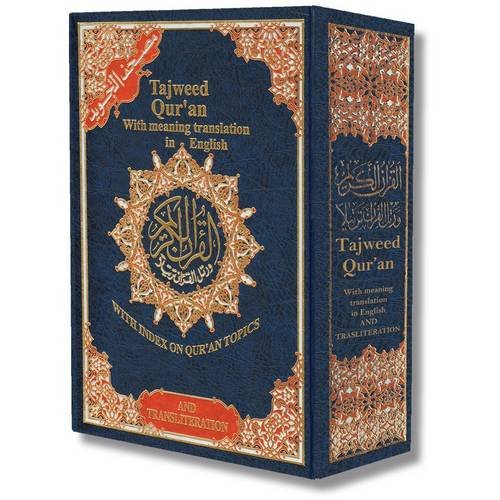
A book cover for Tajweed Qur'an (Whole Quran, With Meaning Translation and Transliteration in English) (Arabic and English); Dar Al-Ma'arifah; Religion & Spirituality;